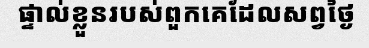
ផ្ទាល់ខ្លួនរបស់ពួកគេដែលសព្វថ្ងៃ